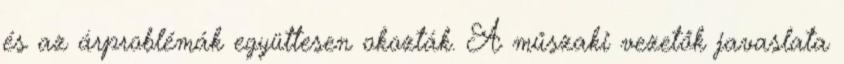
és az árproblémák együttesen okozták. A műszaki vezetők javaslata